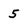
Character: 5